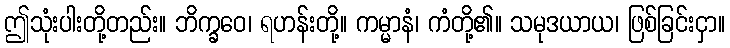
ဤသုံးပါးတို့တည်း။ ဘိက္ခဝေ၊ ရဟန်းတို့။ ကမ္မာနံ၊ ကံတို့၏။ သမုဒယာယ၊ ဖြစ်ခြင်းငှာ။